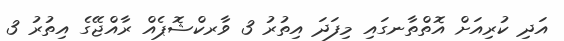
އަދި ކުރިއަށް އޮތްތާނގައި މިފަދަ އިތުރު 3 ވާރކްޝޮޕެއް ރާއްޖޭގެ އިތުރު 3